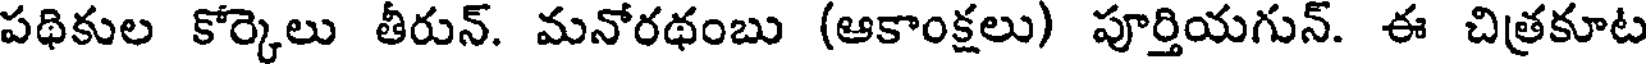
పథికుల కోర్కెలు తీరున్. మనోరథంబు (ఆకాంక్షలు) పూర్తియగున్. ఈ చిత్రకూట